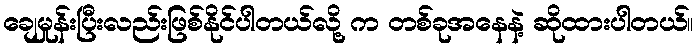
ချေမှုန်းပြီးလည်းဖြစ်နိုင်ပါတယ်လို့ က တစ်ခုအနေနဲ့ ဆိုထားပါတယ်။